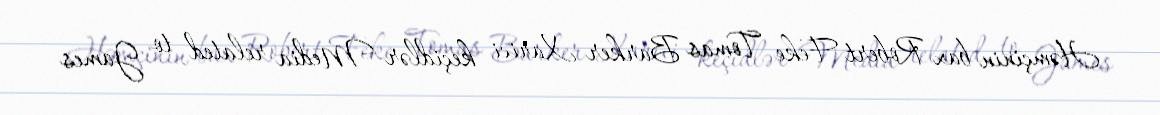
Həmçinin bax Robert Feke Tomas Barker Xarici keçidlər Media related to James